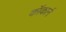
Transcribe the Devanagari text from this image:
कॉकार्न